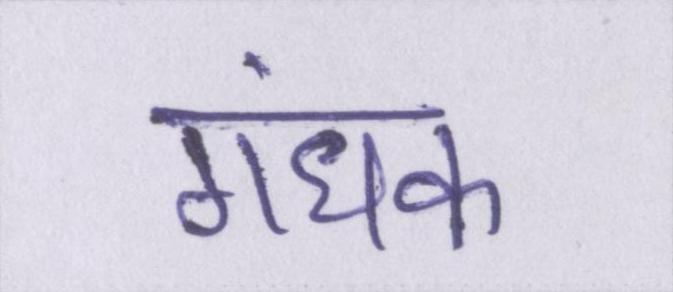
गंधक